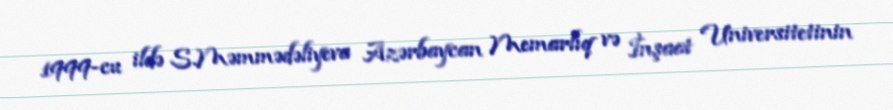
1999-cu ildə S.Məmmədəliyeva Azərbaycan Memarlıq və İnşaat Universitetinin